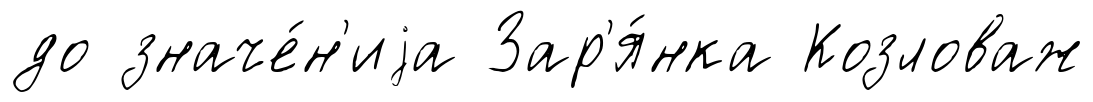
до значе́н'иjа Зар'я́нка Козловаж